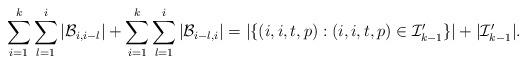
LaTeX: \begin{align*}\sum^k_{i=1}\sum^i_{l=1}|\mathcal{B}_{i,i-l}|+\sum^k_{i=1}\sum^i_{l=1}|\mathcal{B}_{i-l,i}|=|\{(i,i,t,p):(i,i,t,p)\in\mathcal{I}'_{k-1}\}|+|\mathcal{I}'_{k-1}|.\end{align*}